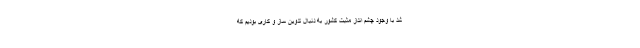
شد با وجود چشم انداز مثبت کشور به دنبال تدوین ساز و کاری بودیم که